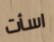
اسأت